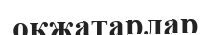
оқжатарлар